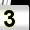
Digit: 3